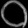
Digit: ၀